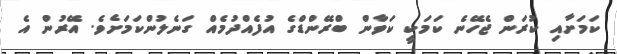
ކަމަށާއި ކުރަން ޖެހޭނެ ކަމަކީ ކަވާން ބްރޭންޑްގެ އުފެއްދުމެއް ގަނެލުންކަމަށެވެ. އޭރުން އެ